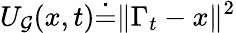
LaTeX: {U_{\mathcal{G}}(x,t)\dot{=}\| \Gamma_{t}-x\| ^{2}}